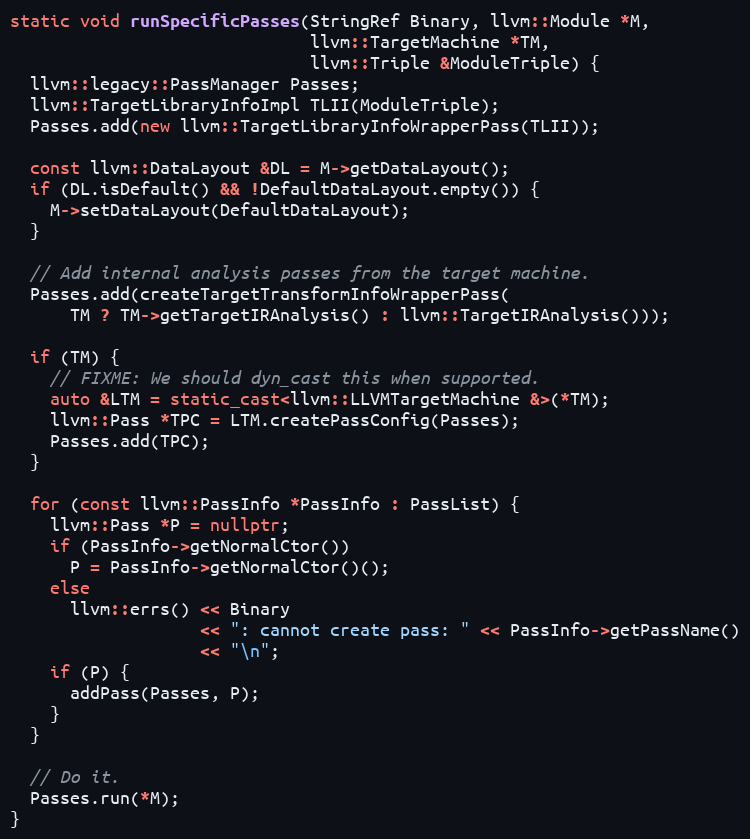
Language: C++
static void runSpecificPasses(StringRef Binary, llvm::Module *M,
                              llvm::TargetMachine *TM,
                              llvm::Triple &ModuleTriple) {
  llvm::legacy::PassManager Passes;
  llvm::TargetLibraryInfoImpl TLII(ModuleTriple);
  Passes.add(new llvm::TargetLibraryInfoWrapperPass(TLII));

  const llvm::DataLayout &DL = M->getDataLayout();
  if (DL.isDefault() && !DefaultDataLayout.empty()) {
    M->setDataLayout(DefaultDataLayout);
  }

  // Add internal analysis passes from the target machine.
  Passes.add(createTargetTransformInfoWrapperPass(
      TM ? TM->getTargetIRAnalysis() : llvm::TargetIRAnalysis()));

  if (TM) {
    // FIXME: We should dyn_cast this when supported.
    auto &LTM = static_cast<llvm::LLVMTargetMachine &>(*TM);
    llvm::Pass *TPC = LTM.createPassConfig(Passes);
    Passes.add(TPC);
  }

  for (const llvm::PassInfo *PassInfo : PassList) {
    llvm::Pass *P = nullptr;
    if (PassInfo->getNormalCtor())
      P = PassInfo->getNormalCtor()();
    else
      llvm::errs() << Binary
                   << ": cannot create pass: " << PassInfo->getPassName()
                   << "\n";
    if (P) {
      addPass(Passes, P);
    }
  }

  // Do it.
  Passes.run(*M);
}